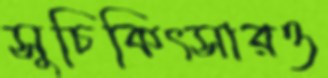
সুচিকিৎসারও